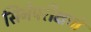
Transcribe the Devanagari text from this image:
सिनेपरीक्षणे